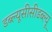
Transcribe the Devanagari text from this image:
डब्ल्यूसीसीडब्ल्यू